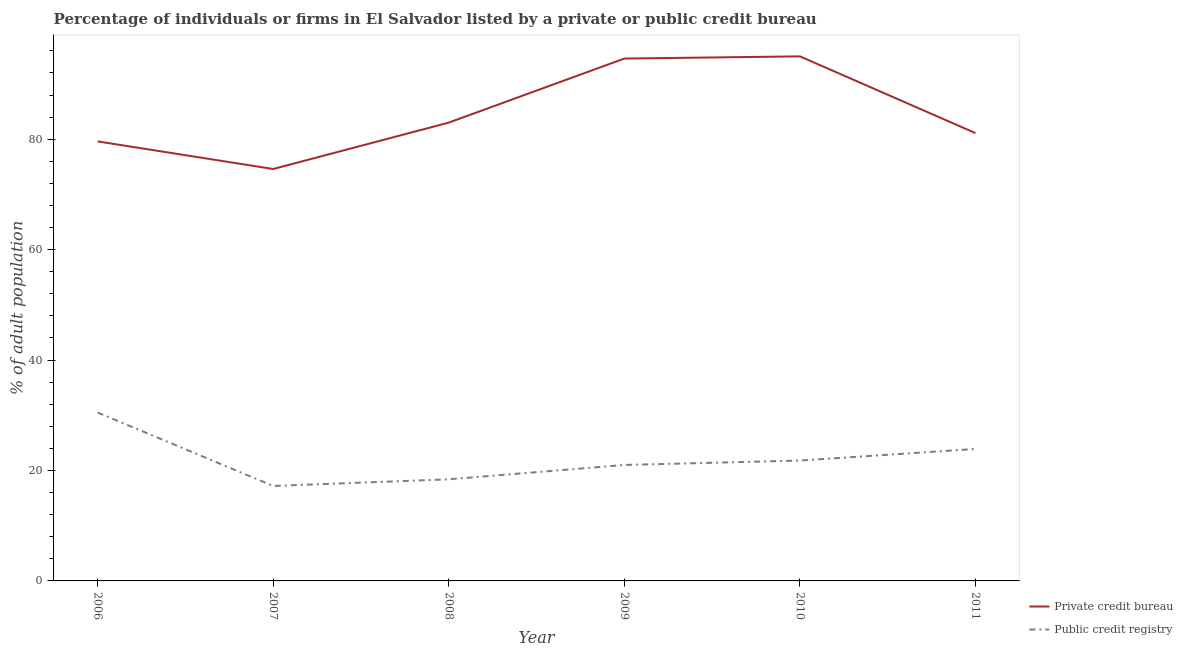
| Year | Private credit bureau | Public credit registry |
 | --- | --- | --- |
 | 2006 | 79.6 | 30.5 |
 | 2007 | 74.6 | 17.2 |
 | 2008 | 83 | 18.4 |
 | 2009 | 94.6 | 21 |
 | 2010 | 95 | 21.8 |
 | 2011 | 81.1 | 23.9 |